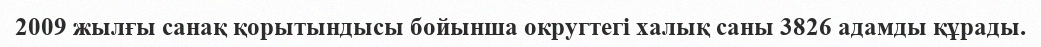
2009 жылғы санақ қорытындысы бойынша округтегі халық саны 3826 адамды құрады.